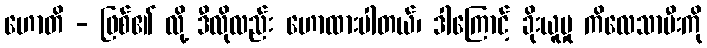
ဟောတိ - ဖြစ်၏ လို့ ဒီလိုလည်း ဟောထားပါတယ်၊ ဒါကြောင့် ခိုးယူမှု ကိလေသာမီးကို